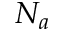
N _ { a }